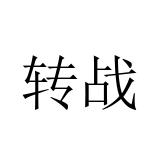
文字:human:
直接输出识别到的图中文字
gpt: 转战